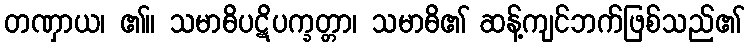
တဏှာယ၊ ၏။ သမာဓိပဋိပက္ခတ္တာ၊ သမာဓိ၏ ဆန့်ကျင်ဘက်ဖြစ်သည်၏